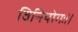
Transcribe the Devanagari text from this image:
विनियोगः॥